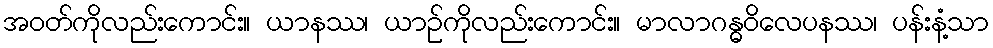
အဝတ်ကိုလည်းကောင်း။ ယာနဿ၊ ယာဉ်ကိုလည်းကောင်း။ မာလာဂန္ဓဝိလေပနဿ၊ ပန်းနံ့သာ